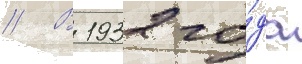
// В 1932 го́да